Leningradi_Edasi_toimetus, lk 237
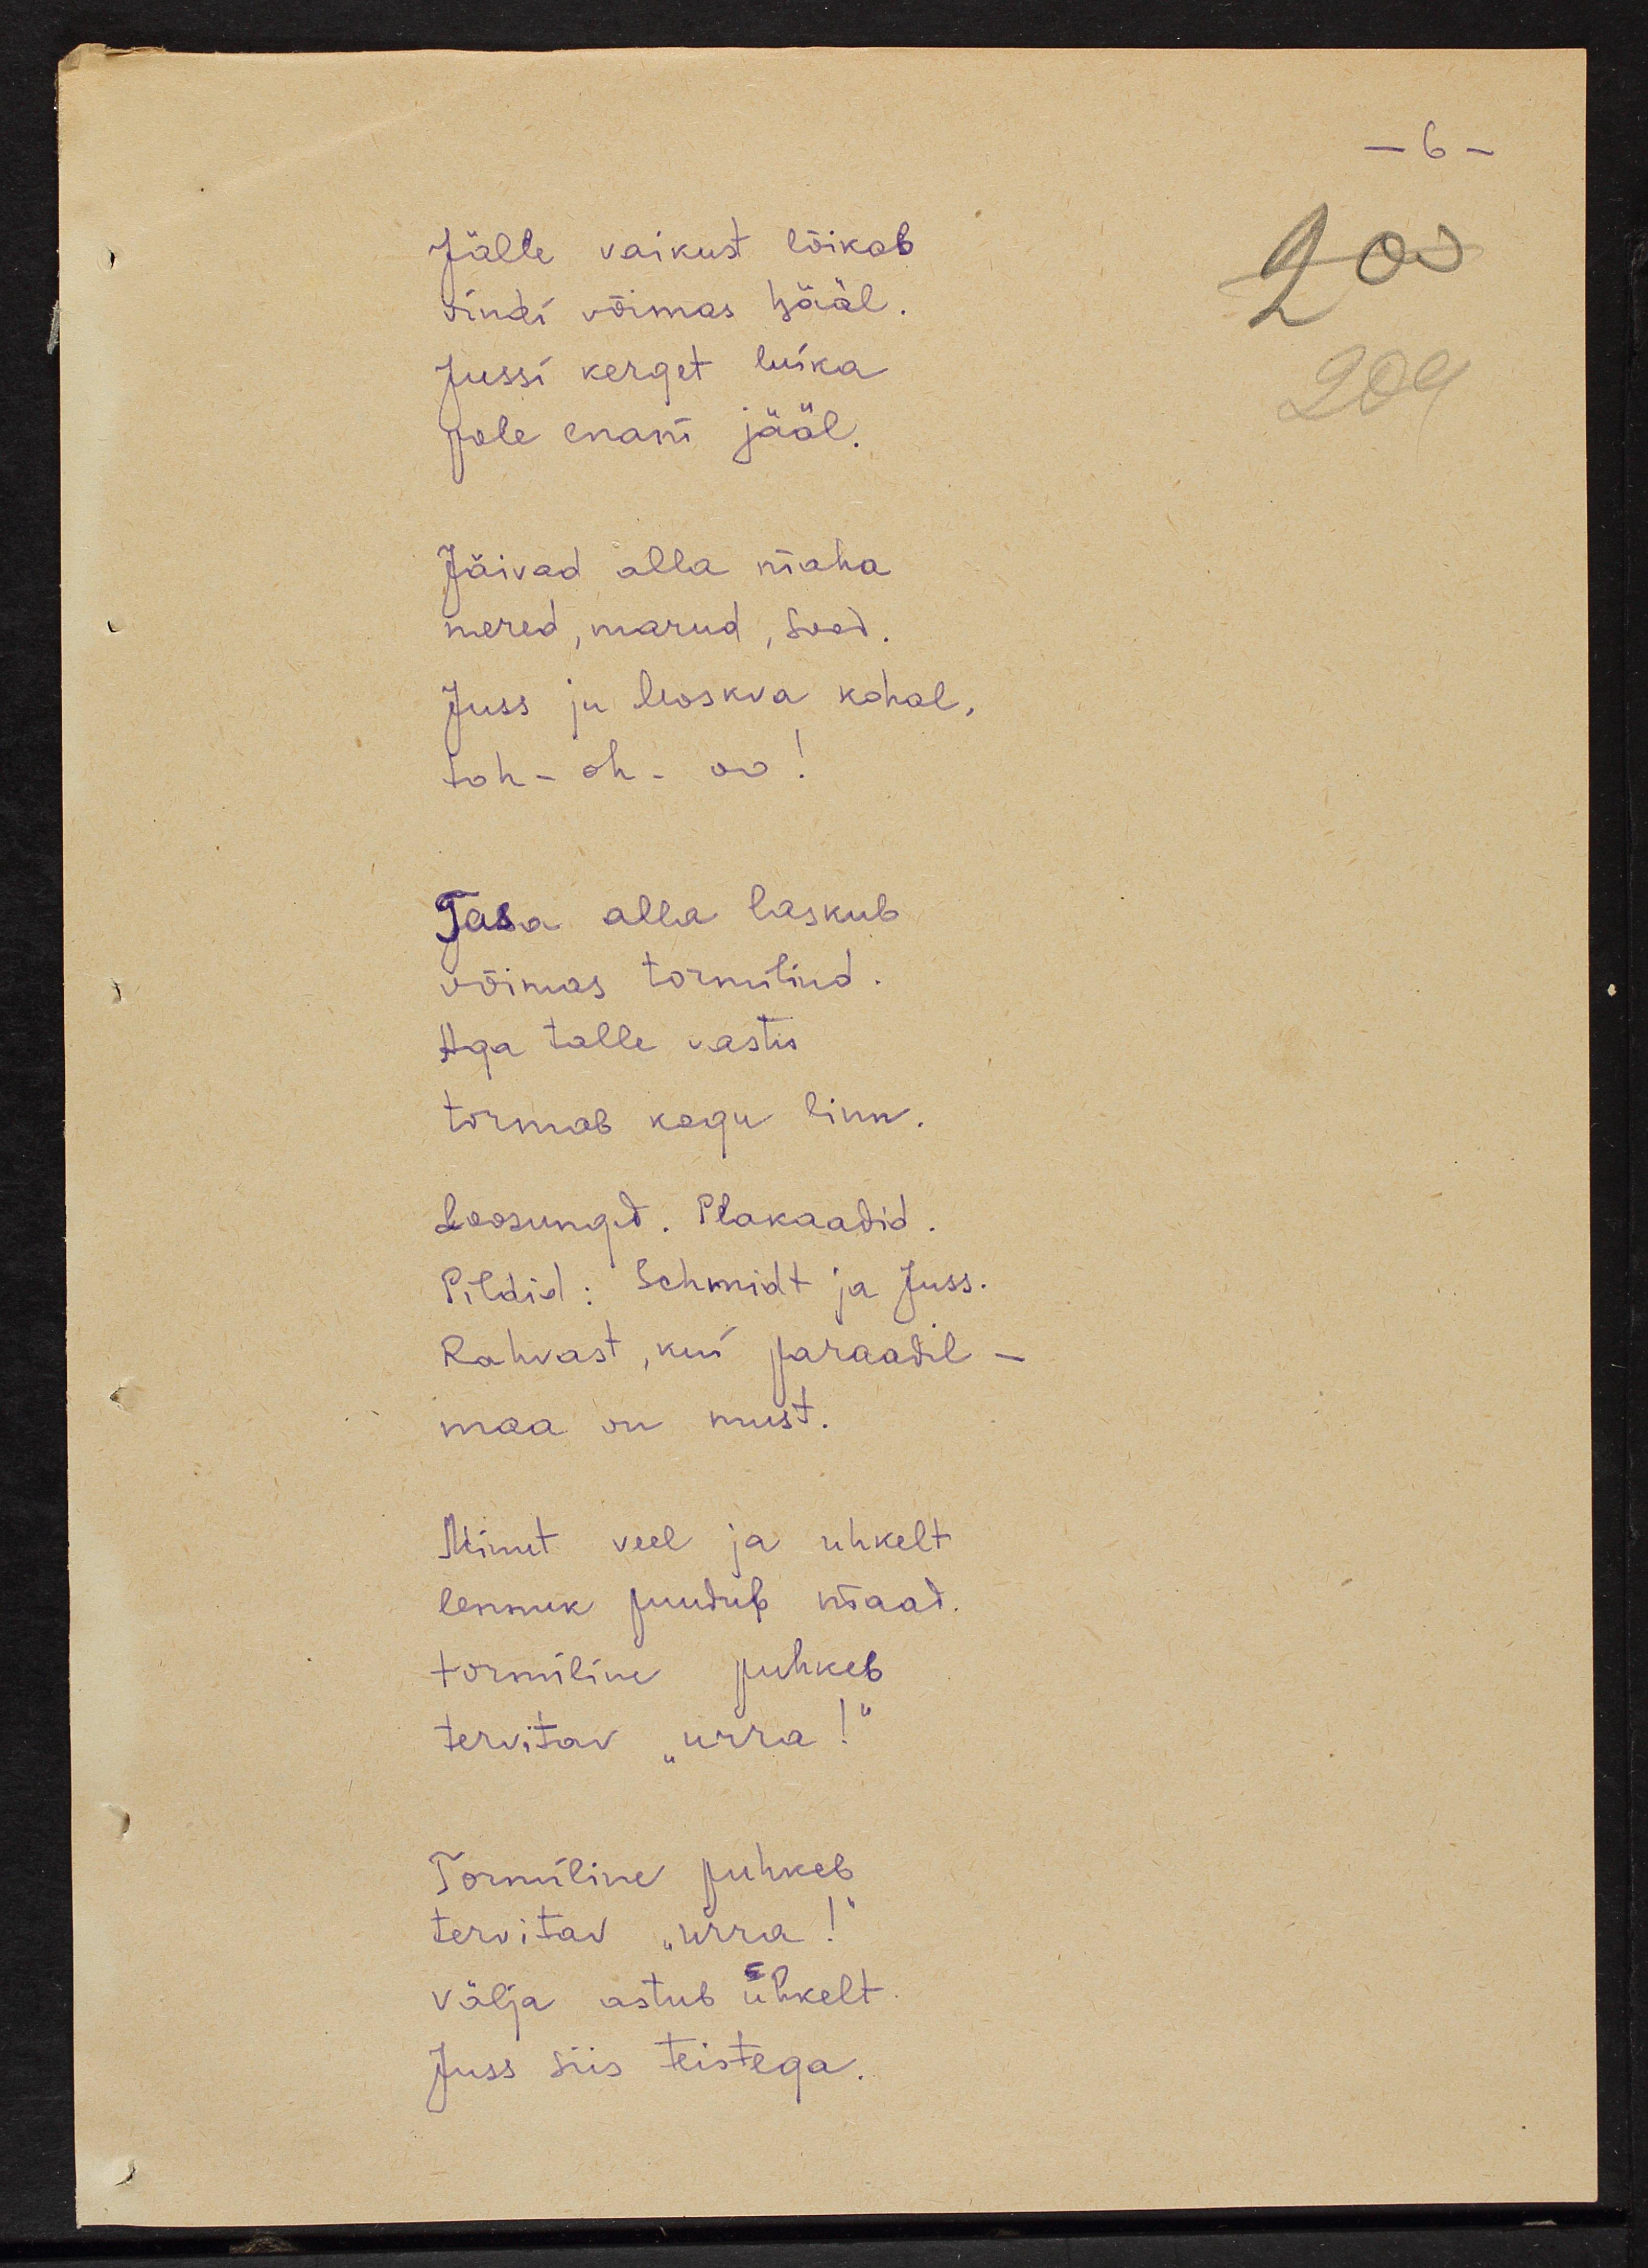
Jälle vaikust lõikab
rindi võimas hääl.
Jussi kerget luika
pole enam jääl.
Jäivad alla maha
mered, marud, sood.
Juss ju Moskva kohal,
toh-oh-oo!
Tasa alla laskub
võimas tormillind.
Aga talle vastu
tormab kogu linn.
Loosungid. Plakaadid.
Pildid: Schmidt ja Juss.
Rahvast, kui paraadil - 
maa on must.
Minut veel ja uhkelt
lennuk puudub maad
tormiline puhkeb
tervitav "urra!"
Tormiline puhkeb
tervitav "urra!"
välja astub uhkelt 
Juss siis teistega.